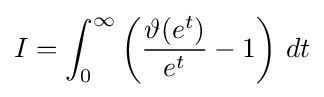
I=\int _{0}^{\infty }\left({\frac {\vartheta (e^{t})}{e^{t}}}-1\right)\,dt